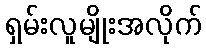
ရှမ်းလူမျိုးအလိုက်